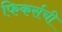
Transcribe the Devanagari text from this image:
फिकर्सची